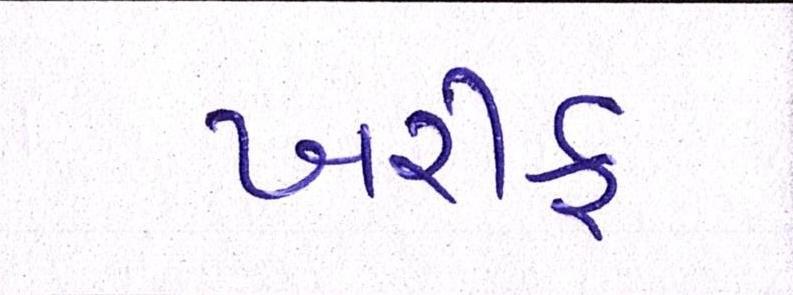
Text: ખરીફ